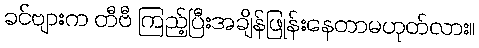
ခင်ဗျားက တီဗီ ကြည့်ပြီးအချိန်ဖြုန်းနေတာမဟုတ်လား။